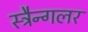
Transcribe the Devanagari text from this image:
स्ट्रैन्गलर